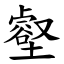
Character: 壑